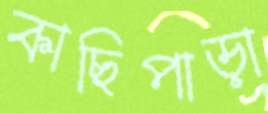
কাছিপাড়া